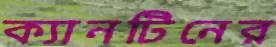
ক্যানটিনের